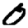
Digit: 0